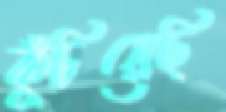
কুঁচিয়েছি